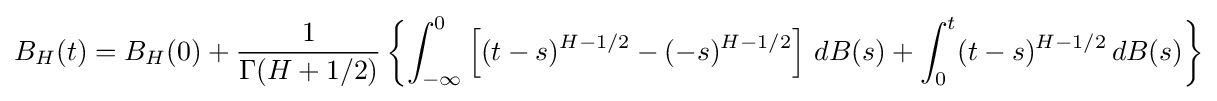
B_{H}(t)=B_{H}(0)+{\frac {1}{\Gamma (H+1/2)}}\left\{\int _{-\infty }^{0}\left[(t-s)^{H-1/2}-(-s)^{H-1/2}\right]\,dB(s)+\int _{0}^{t}(t-s)^{H-1/2}\,dB(s)\right\}